Jaan_Tonisson_(Lasteleht), lk 384
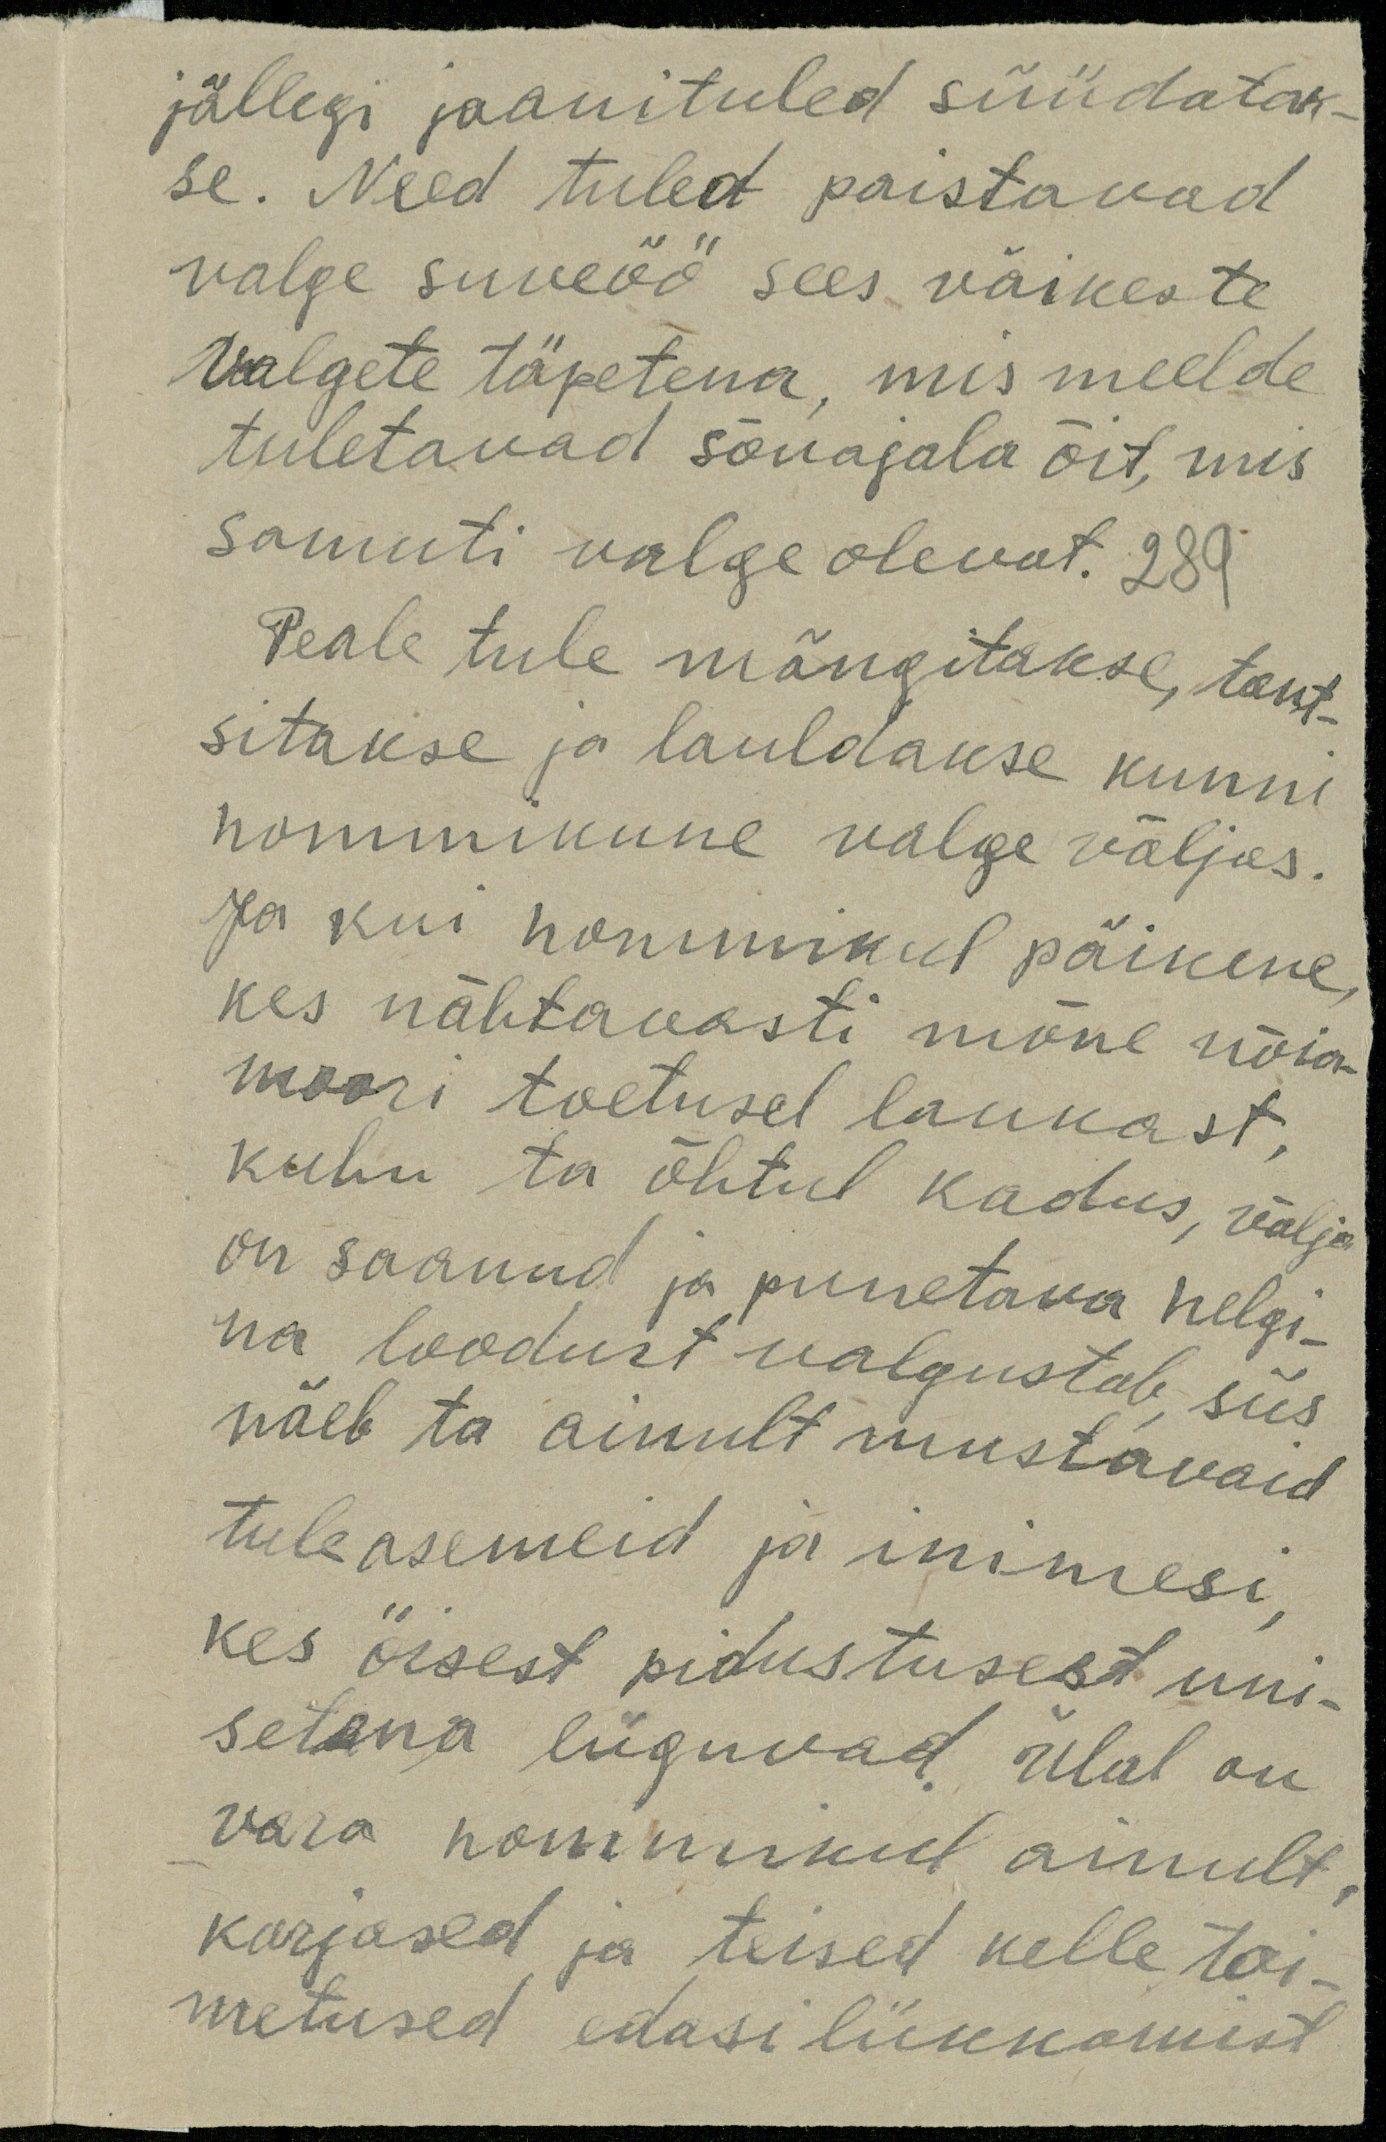
jällegi jaanituled süüdatak-
se. Need tuled paistavad
valge suveöö sees väikeste
Valgete täpetena, mis meelde
tuletavad sõnajala õit, mis
samuti valge olevat. 289
Peale tule mängitakse, tant-
sitakse ja lauldakse kunni
hommikune valge väljas.
Ja kui hommikul päikene
kes nähtavasti mõne nõia-
moori toetusel laukast
kuhu ta õhtul kadus, välja
on saanud ja punetava helgi-
na loodust valgustab, siis
näeb ta ainult mustavaid
tuleasemeid ja inimesi
kes öisest pidustusest uni-
setena liiguvad. Ülal on
vara hommikul ainult
karjased ja teised kelle toi-
metused edasi lükkamist